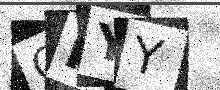
Text: QIYY